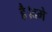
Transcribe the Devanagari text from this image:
है।दमे